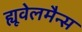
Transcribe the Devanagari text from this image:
ह्यूवेलमैन्स